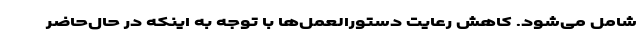
شامل می‌شود. کاهش رعایت دستورالعمل‌ها با توجه به اینکه در حال‌حاضر